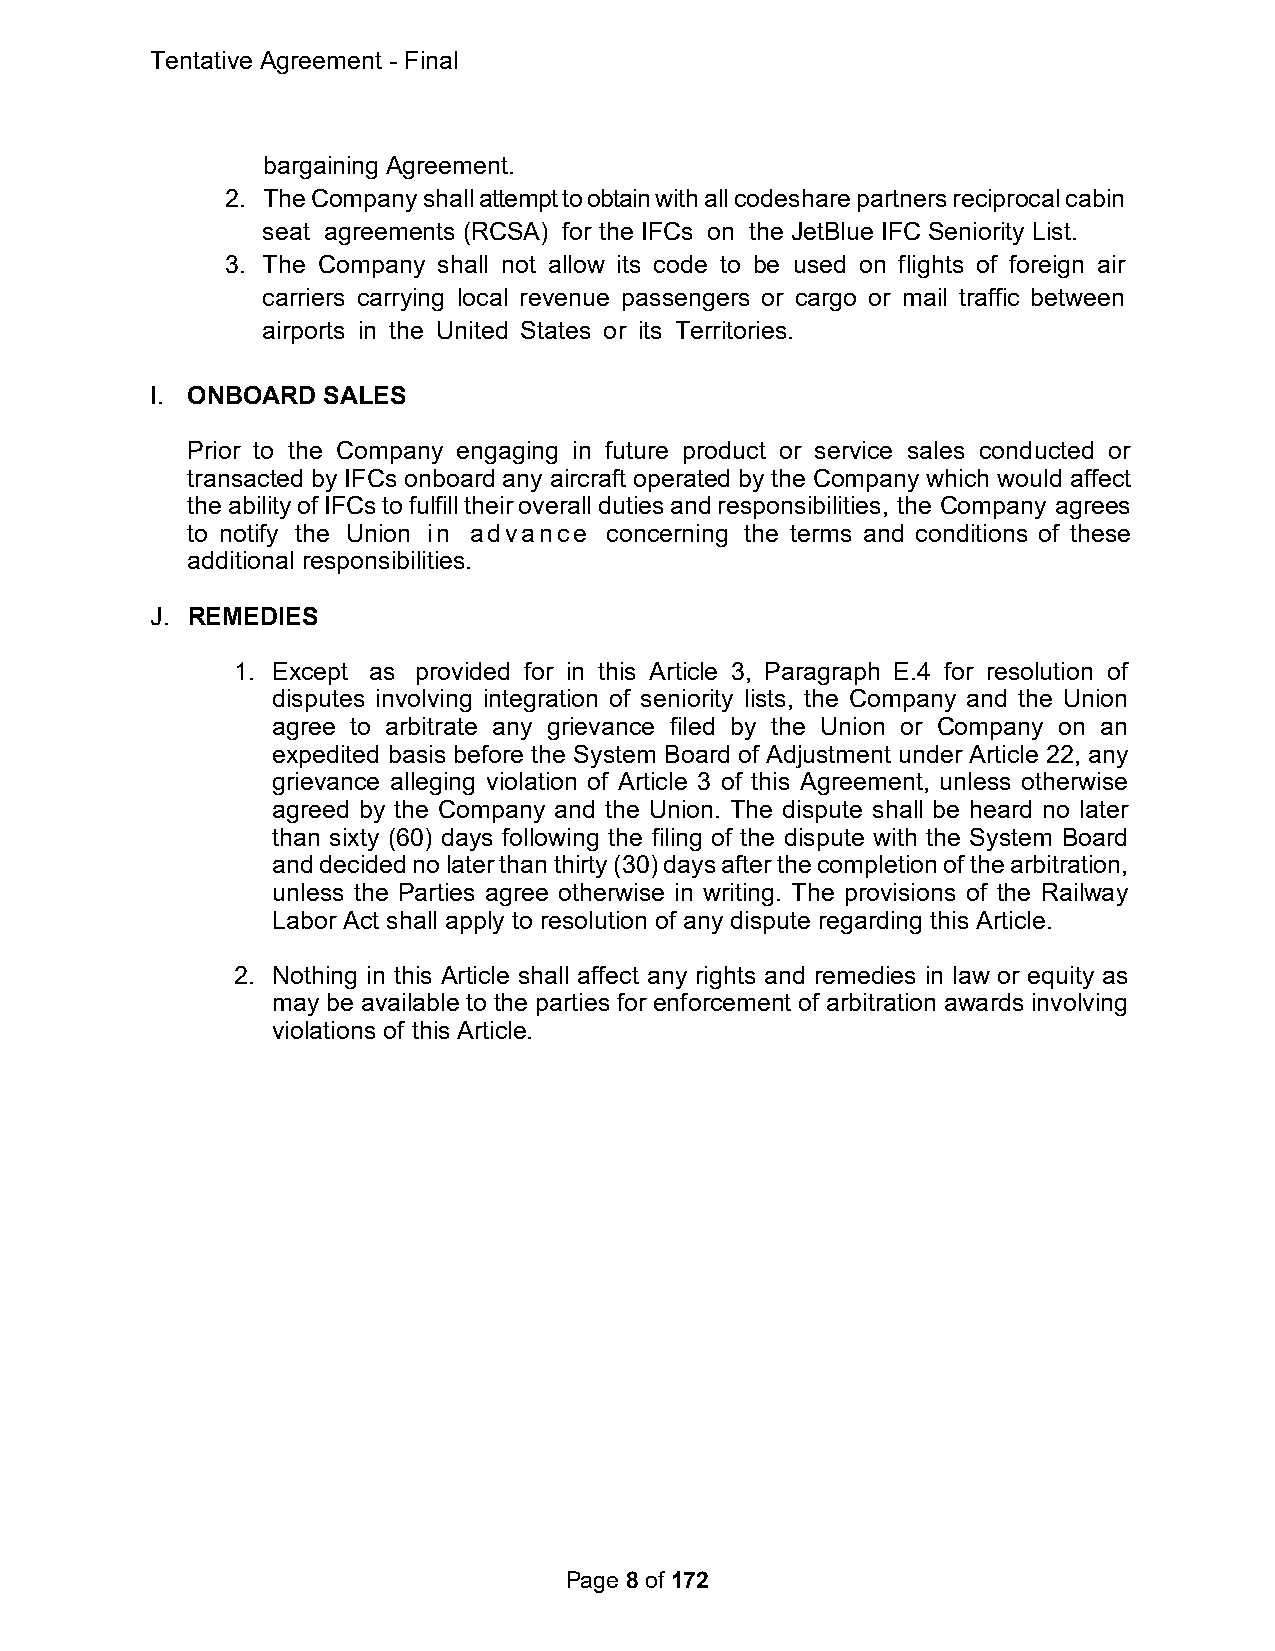
Tentative Agreement - Final
 bargaining Agreement.
 2. The Company shall attempt to obtain with all codeshare partners reciprocal cabin
 seat agreements (RCSA) for the IFCs on the JetBlue IFC Seniority List.
 3. The Company shall not allow its code to be used on flights of foreign air
 carriers carrying local revenue passengers or cargo or mail traffic between
 airports in the United States or its Territories.
 I. ONBOARD SALES
 Prior to the Company engaging in future product or service sales conducted or
 transacted by IFCs onboard any aircraft operated by the Company which would affect
 the ability of IFCs to fulfill their overall duties and responsibilities, the Company agrees
 to notify the Union in advance concerning the terms and conditions of these
 additional responsibilities.
 J. REMEDIES
 1. Except as provided for in this Article 3, Paragraph E.4 for resolution of
 disputes involving integration of seniority lists, the Company and the Union
 agree to arbitrate any grievance filed by the Union or Company on an
 expedited basis before the System Board of Adjustment under Article 22, any
 grievance alleging violation of Article 3 of this Agreement, unless otherwise
 agreed by the Company and the Union. The dispute shall be heard no later
 than sixty (60) days following the filing of the dispute with the System Board
 and decided no later than thirty (30) days after the completion of the arbitration,
 unless the Parties agree otherwise in writing. The provisions of the Railway
 Labor Act shall apply to resolution of any dispute regarding this Article.
 2. Nothing in this Article shall affect any rights and remedies in law or equity as
 may be available to the parties for enforcement of arbitration awards involving
 violations of this Article.
 Page 8 of 172